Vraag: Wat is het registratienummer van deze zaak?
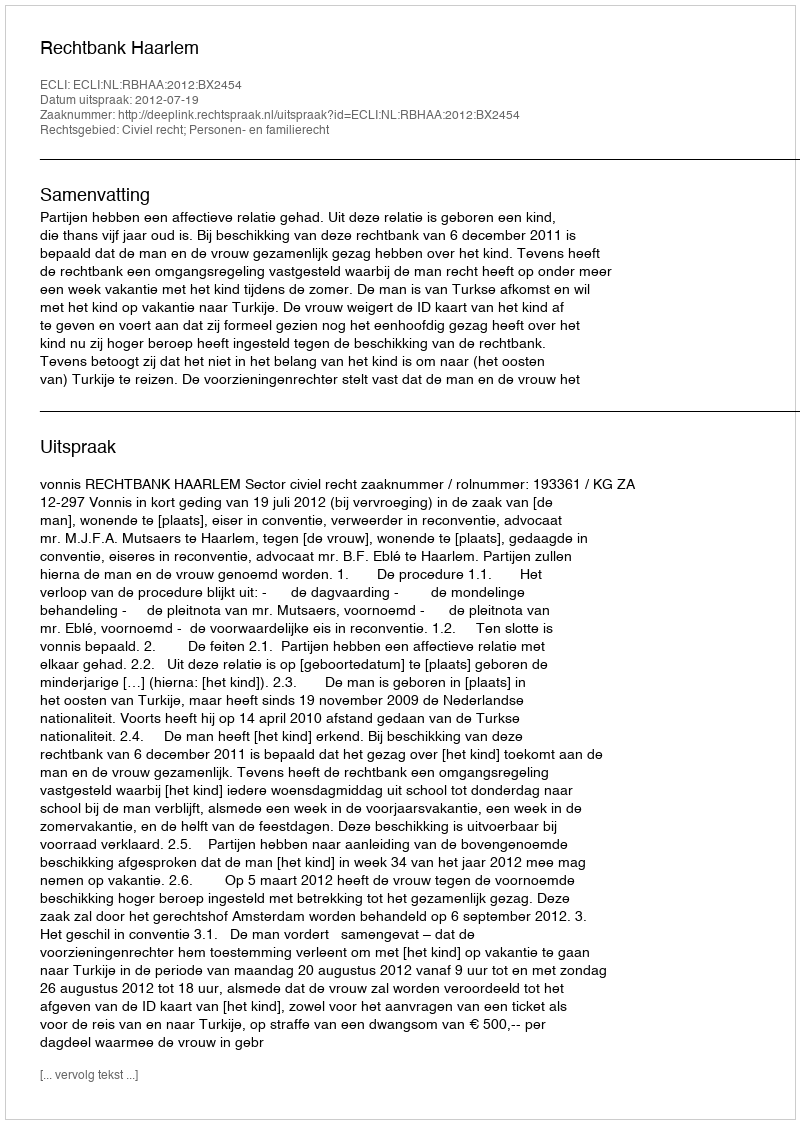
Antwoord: http://deeplink.rechtspraak.nl/uitspraak?id=ECLI:NL:RBHAA:2012:BX2454